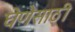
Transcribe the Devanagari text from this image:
घेणेसाठी